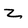
Character: Z